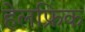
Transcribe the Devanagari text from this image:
हेलफ्रिक